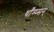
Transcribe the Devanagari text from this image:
थाँम्प्सन्